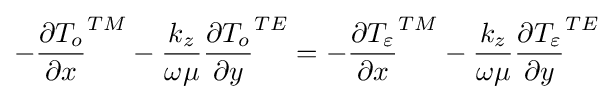
-{\frac {\partial T_{o}}{\partial x}}^{TM}-{\frac {k_{z}}{\omega \mu }}{\frac {\partial T_{o}}{\partial y}}^{TE}=-{\frac {\partial T_{\varepsilon }}{\partial x}}^{TM}-{\frac {k_{z}}{\omega \mu }}{\frac {\partial T_{\varepsilon }}{\partial y}}^{TE}